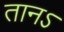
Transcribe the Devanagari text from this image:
तानऽ